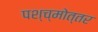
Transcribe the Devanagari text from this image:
पश्च्मोत्तर